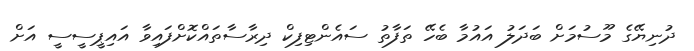
ދުނިޔޭގެ މޫސުމަށް ބަދަލު އައުމާ ބެހޭ ތަފާތު ސައެންޓިފިކް ދިރާސާތައްކޮށްފައިވާ އައިޕީސީސީ އަށް